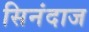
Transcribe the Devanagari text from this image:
सिनंदाज